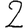
Digit: 2